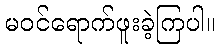
မဝင်ရောက်ဖူးခဲ့ကြပါ။